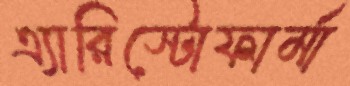
এ্যারিস্টোফার্মা